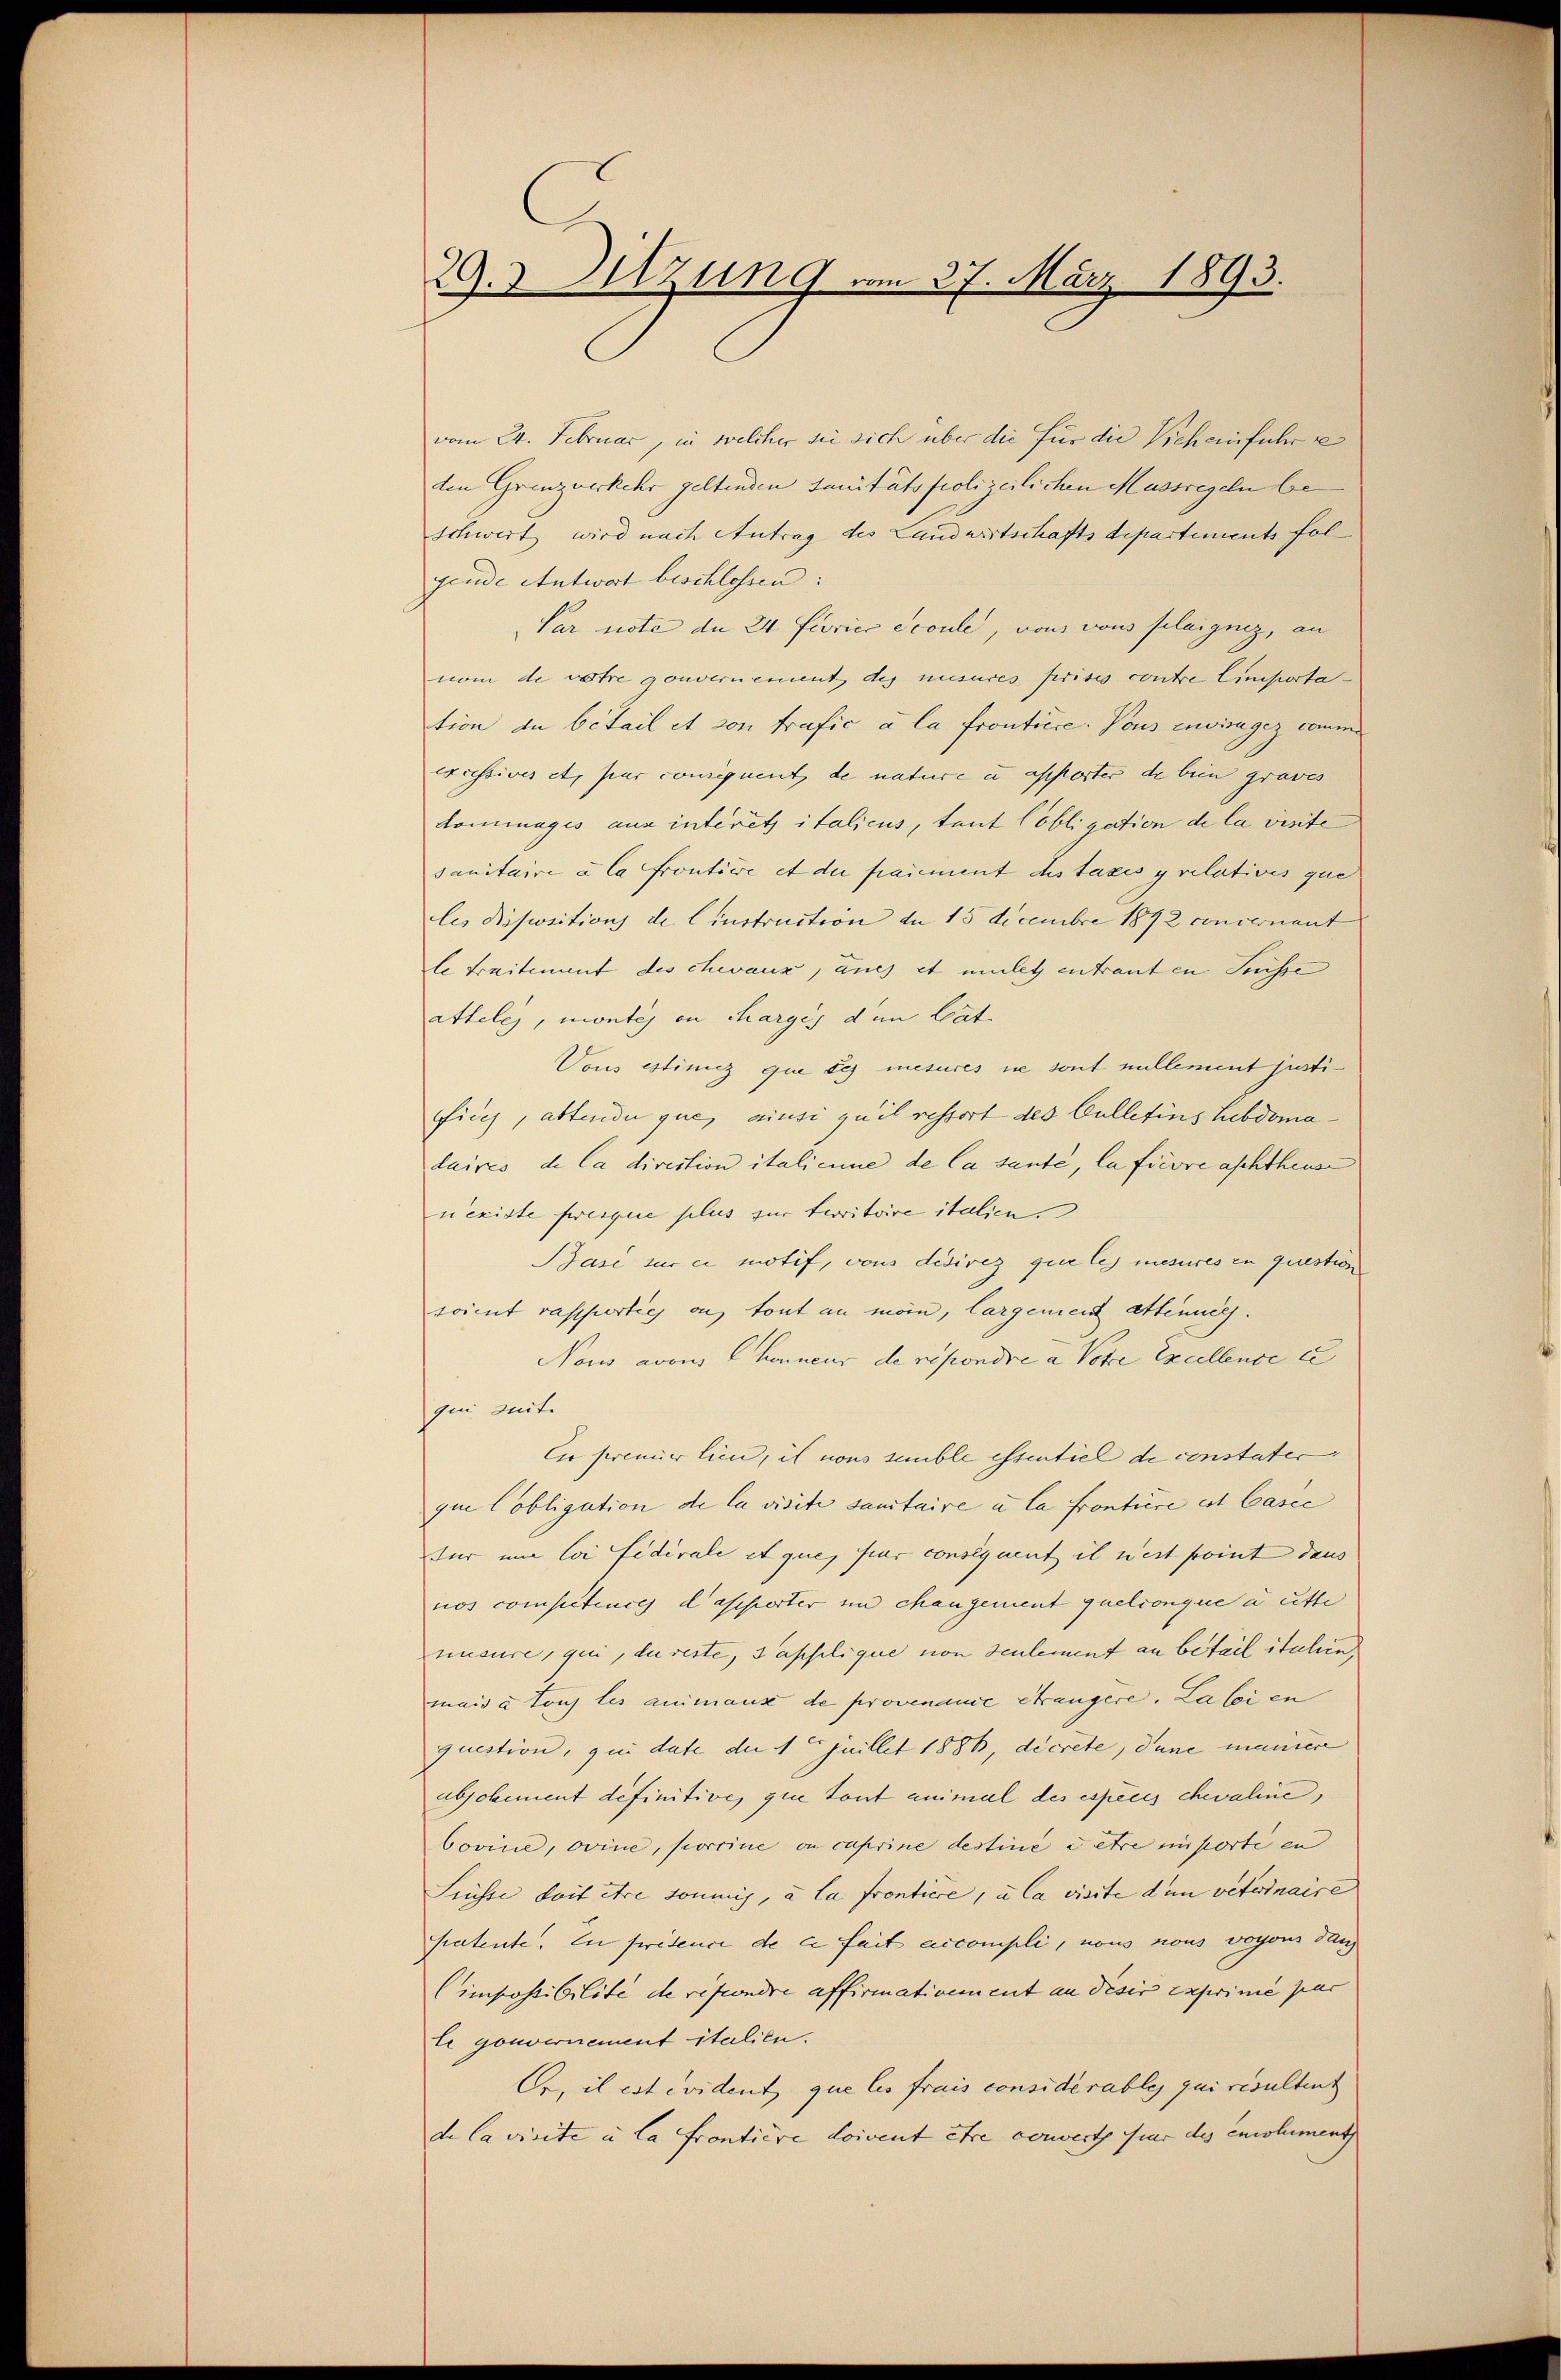
29.3 Sitzung vom 27. März 1893.

vom 24. Februar, in welcher sie sich über die für die Beheinfuhr se
den Grenzverkehr geltenden sanitätspolizeilichen Massregeln be
Schwert wird nach Antrag des Landwirtschaftsdepartiments fol
gende Antwort beschlossen:
Par note an 24. Ferier écoule, von vous plaigenz, an
nom de votre gouvernement des miseres prises contre limporta
tion zu betail et von trafic à la frontiere. Vous envisagiz comm
excessives et par coniquent, de nature u apporter de bein graves
dominages aus interet italicus, tant Pobligation de la visite
sanitaire à la frontire et die paiement chstaxes y relatives que
les Dispositions de Cinstruction an 15 Decembre 1892 concernant
le traitement des chevaux, auch it mutet entrauten Suche
atteles, montes in charges den Leut
Vous estinicz que des mesures ne sont nullement justifisch, altende que, ainsi qu’il ressort des Culletins hebdomadaires de la direction italienne de la sante, la ficore aschthause
nexiste presque plus zur territoire italien.
Base sur ci motif, vons didirez que les mesures in question
soient rapporties ou tout an man, Cargement attene
Nous avon honneur de répondre a Votce Excellence u
qui seite
ler premier lien, is vons semble essentiel de constater
que lobligation de la visite sanitaire i la frontiere est Casce
für im loi fédérale et que, sur consequent il est point daus
nos compétences d assierter und changement quelconque a atte
musure, qui, du reste, Papplique von seulement an beteil stehen
mais à tous les animause de provenance étrangere. La loi en
question, qui date die 1t Juillet 1886, decrete, dane meiner
abjohement definitive, que tout animal des espèces chevahne,
Covine, ovine, porciue in cuprine destine en être misorte en
Sunste doit être soumis, à la frontiere, u la visite den veterinaire
patente. In présence de ce fait accompli, nous nous vogons dan
Cimpossibilité de refondre affirmativement an desir exprime par
te gouvernement italien.
Er, il est évident que les frais considérables qui resultent
de Cavisite u. La frontiere doivent être converth hier des emolument